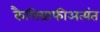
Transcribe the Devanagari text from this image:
कैलिग्राफीअत्यंत